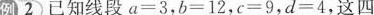
例2已知线段a=3，b=12，c=9，d=4，这四